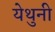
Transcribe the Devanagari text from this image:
येथुनी